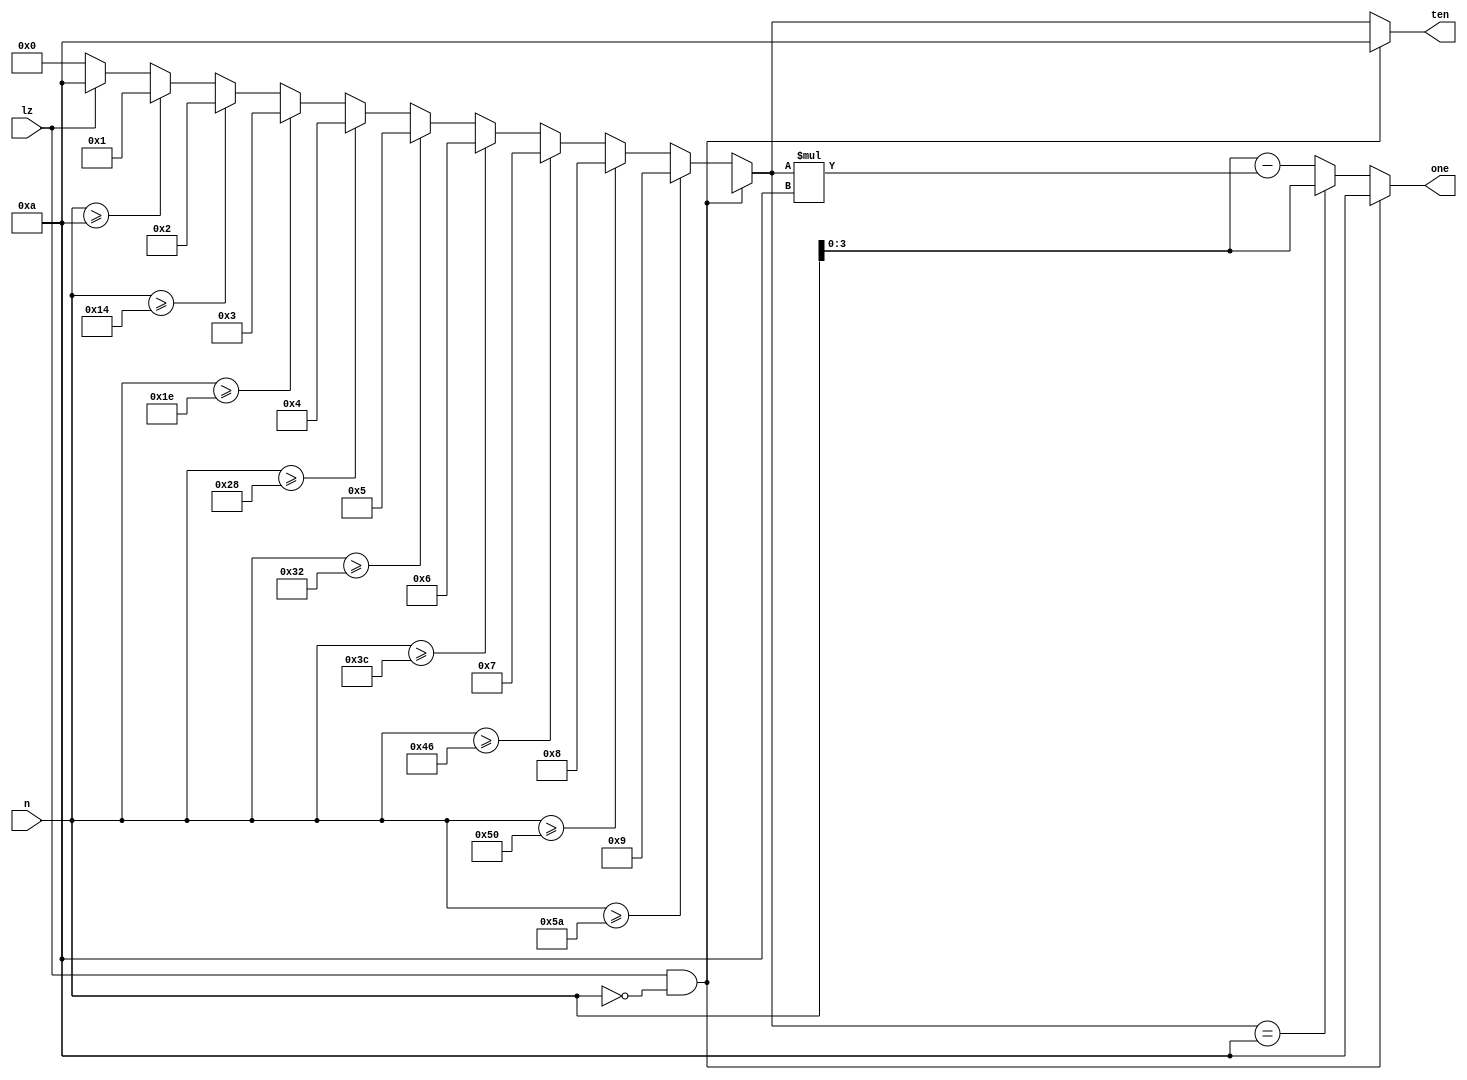
`timescale 1ns / 1ps
//////////////////////////////////////////////////////////////////////////////////
// Company: 
// Engineer: 
// 
// Design Name: 
// Module Name:    decimal 
// Project Name: 
// Target Devices: 
// Tool versions: 
// Description: 
//
// Dependencies: 
//
// Revision: 
// Revision 0.01 - File Created
// Additional Comments: 
//
//////////////////////////////////////////////////////////////////////////////////
module decimal(
	input [6:0] n,
	output reg [3:0] ten,
	output reg [3:0] one,
	input lz
    );
	 
	 always @(*) begin
		if (lz & n==0) begin
			ten = 10;
			one = 10;
		end
		else begin
			if (n >= 90) ten = 9;
			else if (n >= 90) ten = 9;
			else if (n >= 80) ten = 8;
			else if (n >= 70) ten = 7;
			else if (n >= 60) ten = 6;
			else if (n >= 50) ten = 5;
			else if (n >= 40) ten = 4;
			else if (n >= 30) ten = 3;
			else if (n >= 20) ten = 2;
			else if (n >= 10) ten = 1;
			else ten = (lz)?10:0;
			one = (ten==10)?n:(n - (ten*10));
		end
	end

endmodule